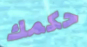
حكمك